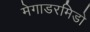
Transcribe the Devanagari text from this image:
मेगाडरमिडो